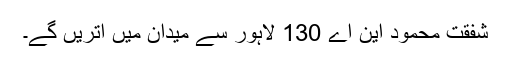
شفقت محمود این اے 130 لاہور سے میدان میں اتریں گے۔